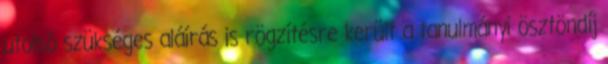
utolsó szükséges aláírás is rögzítésre került a tanulmányi ösztöndíj